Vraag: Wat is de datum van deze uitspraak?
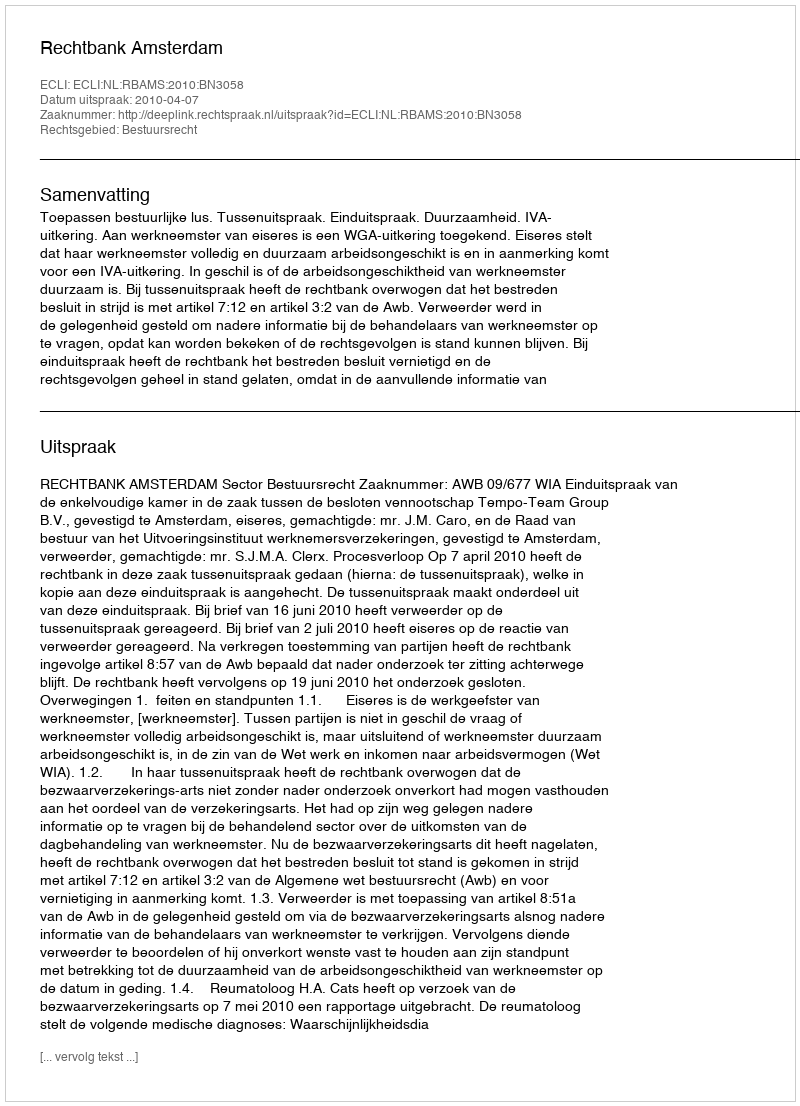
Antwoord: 2010-04-07